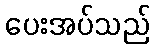
ပေးအပ်သည်